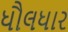
ધૌલધાર